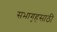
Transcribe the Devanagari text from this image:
सभागृहसाठी